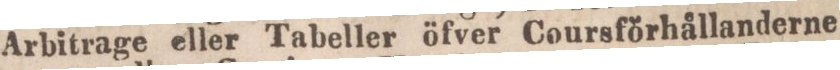
Arbitrage eller Tabeller öfver Coursförhållanderne